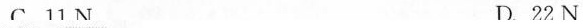
C11N D22N